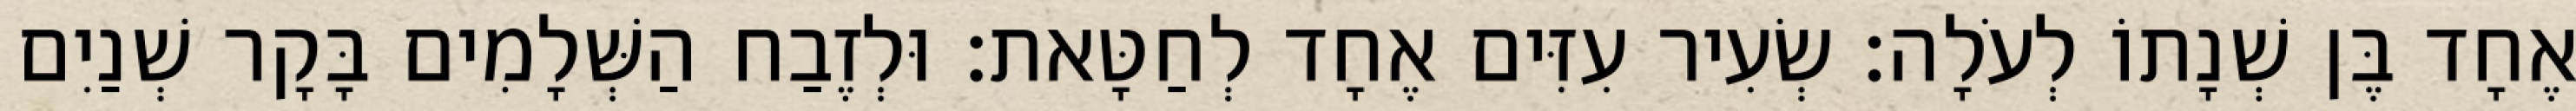
אֶחָד בֶּן שְׁנָתוֹ לְעֹלָה׃ שְׂעִיר עִזִּים אֶחָד לְחַטָּאת׃ וּלְזֶבַח הַשְּׁלָמִים בָּקָר שְׁנַיִם